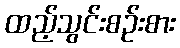
ထည့်သွင်းစဉ်းစား